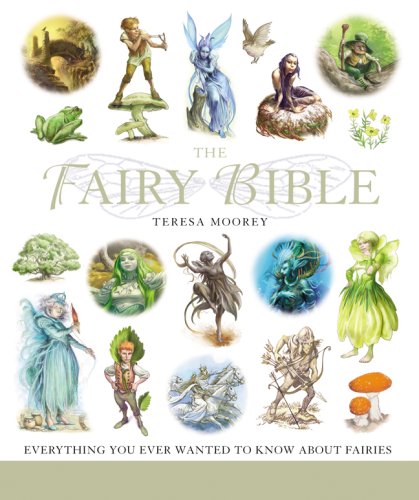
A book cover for The Fairy Bible: The Definitive Guide to the World of Fairies; Teresa Moorey; Politics & Social Sciences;